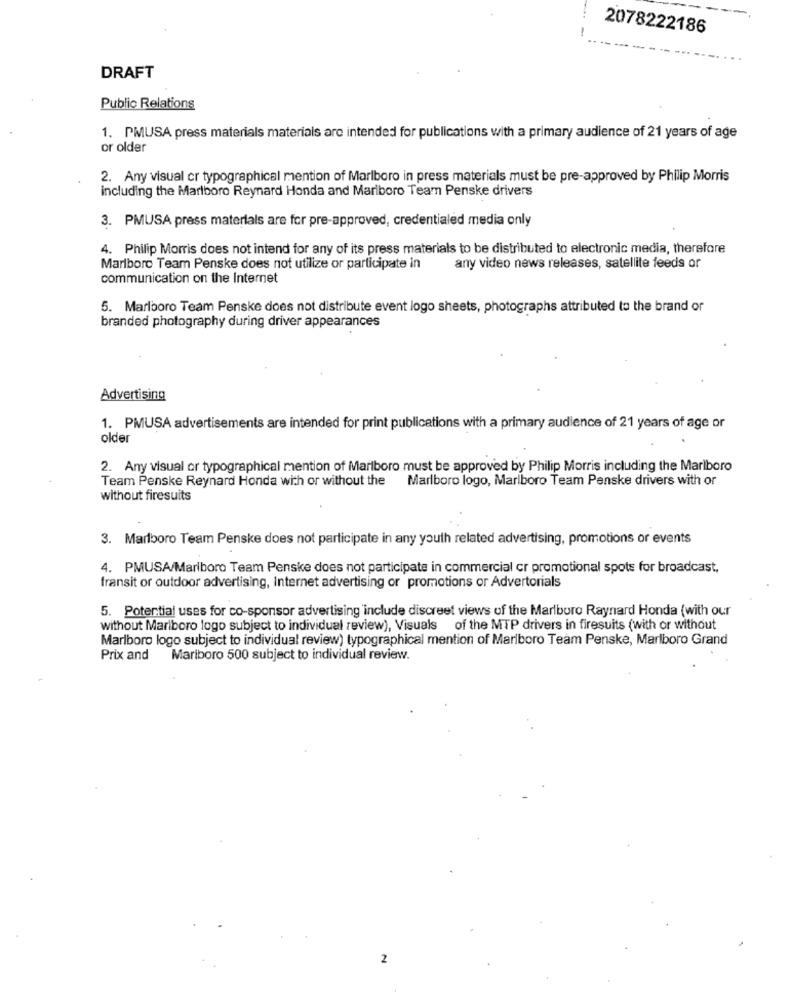
2078222186
DRAFT
Public Relations
1. PMUSA press materials materials are intended for publications with a primary audience of 21 years of age
or older
2. Any visual cr typographical mention of Marlboro in press materials must be pre-approved by Philip Morris
including the Marlboro Reynard Honda and Mariboro Team Penske drivers
3. PMUSA press materials are for pre-approved, credentialed media only
4. Philip Morris does not intend for any of its press materials to be distributed to electronic media, therefore
Marlboro Team Penske does not utilize or participate in
any video news releases, satellite feeds or
communication on the Internet
5. Marlboro Team Penske does not distribute event logo sheets, photographs attributed to the brand or
branded photography during driver appearances
Advertising
1. PMUSA advertisements are intended for print publications with a primary audience of 21 years of age or
older
2. Any visual or typographical mention of Marlboro must be approved by Philip Morris including the Marlboro
Team Penske Reynard Honda with or without the
Marlboro logo, Marlboro Team Penske drivers with or
without firesuits
3. Marlboro Team Penske does not participate in any youth related advertising, promotions or events
4. PMUSA/Marlboro Team Penske does not participate in commercial cr promotional spots for broadcast,
fransit or outdoor advertising, Internet advertising or promotions or Advertorials
5. Potential uses for co-sponsor advertising include discreet views of the Marlboro Raynard Honda (with our
without Marlboro logo subject to individual review), Visuals of the MTP drivers in firesuits (with or without
Marlboro logo subject to individual review) typographical mention of Marlboro Team Penske, Marlboro Grand
Prix and
Mariboro 500 subject to individual review.
2